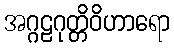
အဂ္ဂဠဂုတ္တိဝိဟာရော